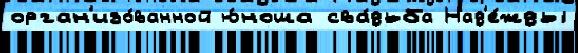
орган'изо́ванной ю́ноша сва́дьба Над'е́жды